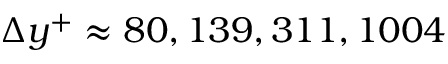
\Delta y ^ { + } \approx 8 0 , 1 3 9 , 3 1 1 , 1 0 0 4